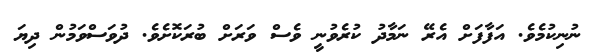
ނުނިކުމެވެ. އަފާފަށް އެރޭ ނަމާދު ކުރެވުނީ ވެސް ވަރަށް ބުރަކޮށެވެ. ދުވަސްވަމުން ދިޔަ